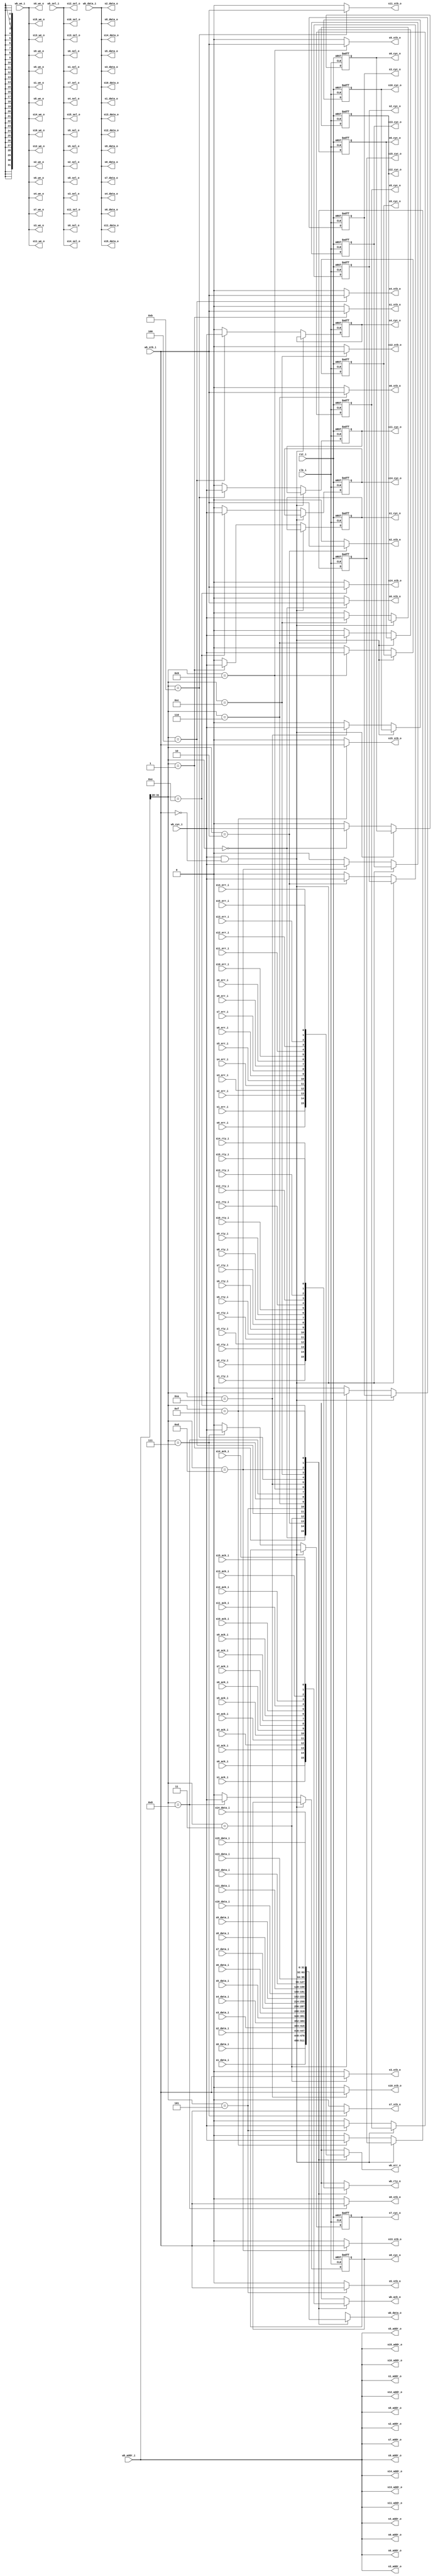
module wb_conmax_master_if(

	clk_i, rst_i,

	// Master interface
	wb_data_i, wb_data_o, wb_addr_i, wb_sel_i, wb_we_i, wb_cyc_i,
	wb_stb_i, wb_ack_o, wb_err_o, wb_rty_o,

	// Slave 0 Interface
	s0_data_i, s0_data_o, s0_addr_o, s0_sel_o, s0_we_o, s0_cyc_o,
	s0_stb_o, s0_ack_i, s0_err_i, s0_rty_i,

	// Slave 1 Interface
	s1_data_i, s1_data_o, s1_addr_o, s1_sel_o, s1_we_o, s1_cyc_o,
	s1_stb_o, s1_ack_i, s1_err_i, s1_rty_i,

	// Slave 2 Interface
	s2_data_i, s2_data_o, s2_addr_o, s2_sel_o, s2_we_o, s2_cyc_o,
	s2_stb_o, s2_ack_i, s2_err_i, s2_rty_i,

	// Slave 3 Interface
	s3_data_i, s3_data_o, s3_addr_o, s3_sel_o, s3_we_o, s3_cyc_o,
	s3_stb_o, s3_ack_i, s3_err_i, s3_rty_i,

	// Slave 4 Interface
	s4_data_i, s4_data_o, s4_addr_o, s4_sel_o, s4_we_o, s4_cyc_o,
	s4_stb_o, s4_ack_i, s4_err_i, s4_rty_i,

	// Slave 5 Interface
	s5_data_i, s5_data_o, s5_addr_o, s5_sel_o, s5_we_o, s5_cyc_o,
	s5_stb_o, s5_ack_i, s5_err_i, s5_rty_i,

	// Slave 6 Interface
	s6_data_i, s6_data_o, s6_addr_o, s6_sel_o, s6_we_o, s6_cyc_o,
	s6_stb_o, s6_ack_i, s6_err_i, s6_rty_i,

	// Slave 7 Interface
	s7_data_i, s7_data_o, s7_addr_o, s7_sel_o, s7_we_o, s7_cyc_o,
	s7_stb_o, s7_ack_i, s7_err_i, s7_rty_i,

	// Slave 8 Interface
	s8_data_i, s8_data_o, s8_addr_o, s8_sel_o, s8_we_o, s8_cyc_o,
	s8_stb_o, s8_ack_i, s8_err_i, s8_rty_i,

	// Slave 9 Interface
	s9_data_i, s9_data_o, s9_addr_o, s9_sel_o, s9_we_o, s9_cyc_o,
	s9_stb_o, s9_ack_i, s9_err_i, s9_rty_i,

	// Slave 10 Interface
	s10_data_i, s10_data_o, s10_addr_o, s10_sel_o, s10_we_o, s10_cyc_o,
	s10_stb_o, s10_ack_i, s10_err_i, s10_rty_i,

	// Slave 11 Interface
	s11_data_i, s11_data_o, s11_addr_o, s11_sel_o, s11_we_o, s11_cyc_o,
	s11_stb_o, s11_ack_i, s11_err_i, s11_rty_i,

	// Slave 12 Interface
	s12_data_i, s12_data_o, s12_addr_o, s12_sel_o, s12_we_o, s12_cyc_o,
	s12_stb_o, s12_ack_i, s12_err_i, s12_rty_i,

	// Slave 13 Interface
	s13_data_i, s13_data_o, s13_addr_o, s13_sel_o, s13_we_o, s13_cyc_o,
	s13_stb_o, s13_ack_i, s13_err_i, s13_rty_i,

	// Slave 14 Interface
	s14_data_i, s14_data_o, s14_addr_o, s14_sel_o, s14_we_o, s14_cyc_o,
	s14_stb_o, s14_ack_i, s14_err_i, s14_rty_i,

	// Slave 15 Interface
	s15_data_i, s15_data_o, s15_addr_o, s15_sel_o, s15_we_o, s15_cyc_o,
	s15_stb_o, s15_ack_i, s15_err_i, s15_rty_i
	);

////////////////////////////////////////////////////////////////////
//
// Module Parameters
//

parameter		dw	= 32;		// Data bus Width
parameter		aw	= 32;		// Address bus Width
parameter		sw	= dw / 8;	// Number of Select Lines

////////////////////////////////////////////////////////////////////
//
// Module IOs
//

input			clk_i, rst_i;

// Master Interface
input	[dw-1:0]	wb_data_i;
output	[dw-1:0]	wb_data_o;
input	[aw-1:0]	wb_addr_i;
input	[sw-1:0]	wb_sel_i;
input			wb_we_i;
input			wb_cyc_i;
input			wb_stb_i;
output			wb_ack_o;
output			wb_err_o;
output			wb_rty_o;

// Slave 0 Interface
input	[dw-1:0]	s0_data_i;
output	[dw-1:0]	s0_data_o;
output	[aw-1:0]	s0_addr_o;
output	[sw-1:0]	s0_sel_o;
output			s0_we_o;
output			s0_cyc_o;
output			s0_stb_o;
input			s0_ack_i;
input			s0_err_i;
input			s0_rty_i;

// Slave 1 Interface
input	[dw-1:0]	s1_data_i;
output	[dw-1:0]	s1_data_o;
output	[aw-1:0]	s1_addr_o;
output	[sw-1:0]	s1_sel_o;
output			s1_we_o;
output			s1_cyc_o;
output			s1_stb_o;
input			s1_ack_i;
input			s1_err_i;
input			s1_rty_i;

// Slave 2 Interface
input	[dw-1:0]	s2_data_i;
output	[dw-1:0]	s2_data_o;
output	[aw-1:0]	s2_addr_o;
output	[sw-1:0]	s2_sel_o;
output			s2_we_o;
output			s2_cyc_o;
output			s2_stb_o;
input			s2_ack_i;
input			s2_err_i;
input			s2_rty_i;

// Slave 3 Interface
input	[dw-1:0]	s3_data_i;
output	[dw-1:0]	s3_data_o;
output	[aw-1:0]	s3_addr_o;
output	[sw-1:0]	s3_sel_o;
output			s3_we_o;
output			s3_cyc_o;
output			s3_stb_o;
input			s3_ack_i;
input			s3_err_i;
input			s3_rty_i;

// Slave 4 Interface
input	[dw-1:0]	s4_data_i;
output	[dw-1:0]	s4_data_o;
output	[aw-1:0]	s4_addr_o;
output	[sw-1:0]	s4_sel_o;
output			s4_we_o;
output			s4_cyc_o;
output			s4_stb_o;
input			s4_ack_i;
input			s4_err_i;
input			s4_rty_i;

// Slave 5 Interface
input	[dw-1:0]	s5_data_i;
output	[dw-1:0]	s5_data_o;
output	[aw-1:0]	s5_addr_o;
output	[sw-1:0]	s5_sel_o;
output			s5_we_o;
output			s5_cyc_o;
output			s5_stb_o;
input			s5_ack_i;
input			s5_err_i;
input			s5_rty_i;

// Slave 6 Interface
input	[dw-1:0]	s6_data_i;
output	[dw-1:0]	s6_data_o;
output	[aw-1:0]	s6_addr_o;
output	[sw-1:0]	s6_sel_o;
output			s6_we_o;
output			s6_cyc_o;
output			s6_stb_o;
input			s6_ack_i;
input			s6_err_i;
input			s6_rty_i;

// Slave 7 Interface
input	[dw-1:0]	s7_data_i;
output	[dw-1:0]	s7_data_o;
output	[aw-1:0]	s7_addr_o;
output	[sw-1:0]	s7_sel_o;
output			s7_we_o;
output			s7_cyc_o;
output			s7_stb_o;
input			s7_ack_i;
input			s7_err_i;
input			s7_rty_i;

// Slave 8 Interface
input	[dw-1:0]	s8_data_i;
output	[dw-1:0]	s8_data_o;
output	[aw-1:0]	s8_addr_o;
output	[sw-1:0]	s8_sel_o;
output			s8_we_o;
output			s8_cyc_o;
output			s8_stb_o;
input			s8_ack_i;
input			s8_err_i;
input			s8_rty_i;

// Slave 9 Interface
input	[dw-1:0]	s9_data_i;
output	[dw-1:0]	s9_data_o;
output	[aw-1:0]	s9_addr_o;
output	[sw-1:0]	s9_sel_o;
output			s9_we_o;
output			s9_cyc_o;
output			s9_stb_o;
input			s9_ack_i;
input			s9_err_i;
input			s9_rty_i;

// Slave 10 Interface
input	[dw-1:0]	s10_data_i;
output	[dw-1:0]	s10_data_o;
output	[aw-1:0]	s10_addr_o;
output	[sw-1:0]	s10_sel_o;
output			s10_we_o;
output			s10_cyc_o;
output			s10_stb_o;
input			s10_ack_i;
input			s10_err_i;
input			s10_rty_i;

// Slave 11 Interface
input	[dw-1:0]	s11_data_i;
output	[dw-1:0]	s11_data_o;
output	[aw-1:0]	s11_addr_o;
output	[sw-1:0]	s11_sel_o;
output			s11_we_o;
output			s11_cyc_o;
output			s11_stb_o;
input			s11_ack_i;
input			s11_err_i;
input			s11_rty_i;

// Slave 12 Interface
input	[dw-1:0]	s12_data_i;
output	[dw-1:0]	s12_data_o;
output	[aw-1:0]	s12_addr_o;
output	[sw-1:0]	s12_sel_o;
output			s12_we_o;
output			s12_cyc_o;
output			s12_stb_o;
input			s12_ack_i;
input			s12_err_i;
input			s12_rty_i;

// Slave 13 Interface
input	[dw-1:0]	s13_data_i;
output	[dw-1:0]	s13_data_o;
output	[aw-1:0]	s13_addr_o;
output	[sw-1:0]	s13_sel_o;
output			s13_we_o;
output			s13_cyc_o;
output			s13_stb_o;
input			s13_ack_i;
input			s13_err_i;
input			s13_rty_i;

// Slave 14 Interface
input	[dw-1:0]	s14_data_i;
output	[dw-1:0]	s14_data_o;
output	[aw-1:0]	s14_addr_o;
output	[sw-1:0]	s14_sel_o;
output			s14_we_o;
output			s14_cyc_o;
output			s14_stb_o;
input			s14_ack_i;
input			s14_err_i;
input			s14_rty_i;

// Slave 15 Interface
input	[dw-1:0]	s15_data_i;
output	[dw-1:0]	s15_data_o;
output	[aw-1:0]	s15_addr_o;
output	[sw-1:0]	s15_sel_o;
output			s15_we_o;
output			s15_cyc_o;
output			s15_stb_o;
input			s15_ack_i;
input			s15_err_i;
input			s15_rty_i;

////////////////////////////////////////////////////////////////////
//
// Local Wires
//

reg	[dw-1:0]	wb_data_o;
reg			wb_ack_o;
reg			wb_err_o;
reg			wb_rty_o;
wire	[3:0]		slv_sel;

wire		s0_cyc_o_next, s1_cyc_o_next, s2_cyc_o_next, s3_cyc_o_next;
wire		s4_cyc_o_next, s5_cyc_o_next, s6_cyc_o_next, s7_cyc_o_next;
wire		s8_cyc_o_next, s9_cyc_o_next, s10_cyc_o_next, s11_cyc_o_next;
wire		s12_cyc_o_next, s13_cyc_o_next, s14_cyc_o_next, s15_cyc_o_next;

reg		s0_cyc_o, s1_cyc_o, s2_cyc_o, s3_cyc_o;
reg		s4_cyc_o, s5_cyc_o, s6_cyc_o, s7_cyc_o;
reg		s8_cyc_o, s9_cyc_o, s10_cyc_o, s11_cyc_o;
reg		s12_cyc_o, s13_cyc_o, s14_cyc_o, s15_cyc_o;

////////////////////////////////////////////////////////////////////
//
// Select logic
//

assign slv_sel = wb_addr_i[aw-1:aw-4];

////////////////////////////////////////////////////////////////////
//
// Address & Data Pass
//

assign s0_addr_o = wb_addr_i;
assign s1_addr_o = wb_addr_i;
assign s2_addr_o = wb_addr_i;
assign s3_addr_o = wb_addr_i;
assign s4_addr_o = wb_addr_i;
assign s5_addr_o = wb_addr_i;
assign s6_addr_o = wb_addr_i;
assign s7_addr_o = wb_addr_i;
assign s8_addr_o = wb_addr_i;
assign s9_addr_o = wb_addr_i;
assign s10_addr_o = wb_addr_i;
assign s11_addr_o = wb_addr_i;
assign s12_addr_o = wb_addr_i;
assign s13_addr_o = wb_addr_i;
assign s14_addr_o = wb_addr_i;
assign s15_addr_o = wb_addr_i;

assign s0_sel_o = wb_sel_i;
assign s1_sel_o = wb_sel_i;
assign s2_sel_o = wb_sel_i;
assign s3_sel_o = wb_sel_i;
assign s4_sel_o = wb_sel_i;
assign s5_sel_o = wb_sel_i;
assign s6_sel_o = wb_sel_i;
assign s7_sel_o = wb_sel_i;
assign s8_sel_o = wb_sel_i;
assign s9_sel_o = wb_sel_i;
assign s10_sel_o = wb_sel_i;
assign s11_sel_o = wb_sel_i;
assign s12_sel_o = wb_sel_i;
assign s13_sel_o = wb_sel_i;
assign s14_sel_o = wb_sel_i;
assign s15_sel_o = wb_sel_i;

assign s0_data_o = wb_data_i;
assign s1_data_o = wb_data_i;
assign s2_data_o = wb_data_i;
assign s3_data_o = wb_data_i;
assign s4_data_o = wb_data_i;
assign s5_data_o = wb_data_i;
assign s6_data_o = wb_data_i;
assign s7_data_o = wb_data_i;
assign s8_data_o = wb_data_i;
assign s9_data_o = wb_data_i;
assign s10_data_o = wb_data_i;
assign s11_data_o = wb_data_i;
assign s12_data_o = wb_data_i;
assign s13_data_o = wb_data_i;
assign s14_data_o = wb_data_i;
assign s15_data_o = wb_data_i;

always @(slv_sel or s0_data_i or s1_data_i or s2_data_i or s3_data_i or
	s4_data_i or s5_data_i or s6_data_i or s7_data_i or s8_data_i or
	s9_data_i or s10_data_i or s11_data_i or s12_data_i or
	s13_data_i or s14_data_i or s15_data_i)
	case(slv_sel)	// synopsys parallel_case
	   4'd0:	wb_data_o = s0_data_i;
	   4'd1:	wb_data_o = s1_data_i;
	   4'd2:	wb_data_o = s2_data_i;
	   4'd3:	wb_data_o = s3_data_i;
	   4'd4:	wb_data_o = s4_data_i;
	   4'd5:	wb_data_o = s5_data_i;
	   4'd6:	wb_data_o = s6_data_i;
	   4'd7:	wb_data_o = s7_data_i;
	   4'd8:	wb_data_o = s8_data_i;
	   4'd9:	wb_data_o = s9_data_i;
	   4'd10:	wb_data_o = s10_data_i;
	   4'd11:	wb_data_o = s11_data_i;
	   4'd12:	wb_data_o = s12_data_i;
	   4'd13:	wb_data_o = s13_data_i;
	   4'd14:	wb_data_o = s14_data_i;
	   4'd15:	wb_data_o = s15_data_i;
	   default:	wb_data_o = {dw{1'bx}};
	endcase

////////////////////////////////////////////////////////////////////
//
// Control Signal Pass
//

assign s0_we_o = wb_we_i;
assign s1_we_o = wb_we_i;
assign s2_we_o = wb_we_i;
assign s3_we_o = wb_we_i;
assign s4_we_o = wb_we_i;
assign s5_we_o = wb_we_i;
assign s6_we_o = wb_we_i;
assign s7_we_o = wb_we_i;
assign s8_we_o = wb_we_i;
assign s9_we_o = wb_we_i;
assign s10_we_o = wb_we_i;
assign s11_we_o = wb_we_i;
assign s12_we_o = wb_we_i;
assign s13_we_o = wb_we_i;
assign s14_we_o = wb_we_i;
assign s15_we_o = wb_we_i;

assign s0_cyc_o_next = (wb_cyc_i & !wb_stb_i) ? s0_cyc_o : ((slv_sel==4'd0) ? wb_cyc_i : 1'b0);
assign s1_cyc_o_next = (wb_cyc_i & !wb_stb_i) ? s1_cyc_o : ((slv_sel==4'd1) ? wb_cyc_i : 1'b0);
assign s2_cyc_o_next = (wb_cyc_i & !wb_stb_i) ? s2_cyc_o : ((slv_sel==4'd2) ? wb_cyc_i : 1'b0);
assign s3_cyc_o_next = (wb_cyc_i & !wb_stb_i) ? s3_cyc_o : ((slv_sel==4'd3) ? wb_cyc_i : 1'b0);
assign s4_cyc_o_next = (wb_cyc_i & !wb_stb_i) ? s4_cyc_o : ((slv_sel==4'd4) ? wb_cyc_i : 1'b0);
assign s5_cyc_o_next = (wb_cyc_i & !wb_stb_i) ? s5_cyc_o : ((slv_sel==4'd5) ? wb_cyc_i : 1'b0);
assign s6_cyc_o_next = (wb_cyc_i & !wb_stb_i) ? s6_cyc_o : ((slv_sel==4'd6) ? wb_cyc_i : 1'b0);
assign s7_cyc_o_next = (wb_cyc_i & !wb_stb_i) ? s7_cyc_o : ((slv_sel==4'd7) ? wb_cyc_i : 1'b0);
assign s8_cyc_o_next = (wb_cyc_i & !wb_stb_i) ? s8_cyc_o : ((slv_sel==4'd8) ? wb_cyc_i : 1'b0);
assign s9_cyc_o_next = (wb_cyc_i & !wb_stb_i) ? s9_cyc_o : ((slv_sel==4'd9) ? wb_cyc_i : 1'b0);
assign s10_cyc_o_next = (wb_cyc_i & !wb_stb_i) ? s10_cyc_o : ((slv_sel==4'd10) ? wb_cyc_i : 1'b0);
assign s11_cyc_o_next = (wb_cyc_i & !wb_stb_i) ? s11_cyc_o : ((slv_sel==4'd11) ? wb_cyc_i : 1'b0);
assign s12_cyc_o_next = (wb_cyc_i & !wb_stb_i) ? s12_cyc_o : ((slv_sel==4'd12) ? wb_cyc_i : 1'b0);
assign s13_cyc_o_next = (wb_cyc_i & !wb_stb_i) ? s13_cyc_o : ((slv_sel==4'd13) ? wb_cyc_i : 1'b0);
assign s14_cyc_o_next = (wb_cyc_i & !wb_stb_i) ? s14_cyc_o : ((slv_sel==4'd14) ? wb_cyc_i : 1'b0);
assign s15_cyc_o_next = (wb_cyc_i & !wb_stb_i) ? s15_cyc_o : ((slv_sel==4'd15) ? wb_cyc_i : 1'b0);

always @(posedge clk_i or posedge rst_i) 
	if(rst_i)	s0_cyc_o <= #1 1'b0; 
	else		s0_cyc_o <= #1 s0_cyc_o_next; 

always @(posedge clk_i or posedge rst_i) 
	if(rst_i)	s1_cyc_o <= #1 1'b0; 
	else		s1_cyc_o <= #1 s1_cyc_o_next; 

always @(posedge clk_i or posedge rst_i) 
	if(rst_i)	s2_cyc_o <= #1 1'b0; 
	else		s2_cyc_o <= #1 s2_cyc_o_next; 

always @(posedge clk_i or posedge rst_i) 
	if(rst_i)	s3_cyc_o <= #1 1'b0; 
	else		s3_cyc_o <= #1 s3_cyc_o_next; 

always @(posedge clk_i or posedge rst_i) 
	if(rst_i)	s4_cyc_o <= #1 1'b0; 
	else		s4_cyc_o <= #1 s4_cyc_o_next; 

always @(posedge clk_i or posedge rst_i) 
	if(rst_i)	s5_cyc_o <= #1 1'b0; 
	else		s5_cyc_o <= #1 s5_cyc_o_next; 

always @(posedge clk_i or posedge rst_i) 
	if(rst_i)	s6_cyc_o <= #1 1'b0; 
	else		s6_cyc_o <= #1 s6_cyc_o_next; 

always @(posedge clk_i or posedge rst_i) 
	if(rst_i)	s7_cyc_o <= #1 1'b0; 
	else		s7_cyc_o <= #1 s7_cyc_o_next; 

always @(posedge clk_i or posedge rst_i) 
	if(rst_i)	s8_cyc_o <= #1 1'b0; 
	else		s8_cyc_o <= #1 s8_cyc_o_next; 

always @(posedge clk_i or posedge rst_i) 
	if(rst_i)	s9_cyc_o <= #1 1'b0; 
	else		s9_cyc_o <= #1 s9_cyc_o_next; 

always @(posedge clk_i or posedge rst_i) 
	if(rst_i)	s10_cyc_o <= #1 1'b0; 
	else		s10_cyc_o <= #1 s10_cyc_o_next; 

always @(posedge clk_i or posedge rst_i) 
	if(rst_i)	s11_cyc_o <= #1 1'b0; 
	else		s11_cyc_o <= #1 s11_cyc_o_next; 

always @(posedge clk_i or posedge rst_i) 
	if(rst_i)	s12_cyc_o <= #1 1'b0; 
	else		s12_cyc_o <= #1 s12_cyc_o_next; 

always @(posedge clk_i or posedge rst_i) 
	if(rst_i)	s13_cyc_o <= #1 1'b0; 
	else		s13_cyc_o <= #1 s13_cyc_o_next; 

always @(posedge clk_i or posedge rst_i) 
	if(rst_i)	s14_cyc_o <= #1 1'b0; 
	else		s14_cyc_o <= #1 s14_cyc_o_next; 

always @(posedge clk_i or posedge rst_i) 
	if(rst_i)	s15_cyc_o <= #1 1'b0; 
	else		s15_cyc_o <= #1 s15_cyc_o_next; 

assign s0_stb_o = (slv_sel==4'd0) ? wb_stb_i : 1'b0;
assign s1_stb_o = (slv_sel==4'd1) ? wb_stb_i : 1'b0;
assign s2_stb_o = (slv_sel==4'd2) ? wb_stb_i : 1'b0;
assign s3_stb_o = (slv_sel==4'd3) ? wb_stb_i : 1'b0;
assign s4_stb_o = (slv_sel==4'd4) ? wb_stb_i : 1'b0;
assign s5_stb_o = (slv_sel==4'd5) ? wb_stb_i : 1'b0;
assign s6_stb_o = (slv_sel==4'd6) ? wb_stb_i : 1'b0;
assign s7_stb_o = (slv_sel==4'd7) ? wb_stb_i : 1'b0;
assign s8_stb_o = (slv_sel==4'd8) ? wb_stb_i : 1'b0;
assign s9_stb_o = (slv_sel==4'd9) ? wb_stb_i : 1'b0;
assign s10_stb_o = (slv_sel==4'd10) ? wb_stb_i : 1'b0;
assign s11_stb_o = (slv_sel==4'd11) ? wb_stb_i : 1'b0;
assign s12_stb_o = (slv_sel==4'd12) ? wb_stb_i : 1'b0;
assign s13_stb_o = (slv_sel==4'd13) ? wb_stb_i : 1'b0;
assign s14_stb_o = (slv_sel==4'd14) ? wb_stb_i : 1'b0;
assign s15_stb_o = (slv_sel==4'd15) ? wb_stb_i : 1'b0;

always @(slv_sel or s0_ack_i or s1_ack_i or s2_ack_i or s3_ack_i or
	s4_ack_i or s5_ack_i or s6_ack_i or s7_ack_i or s8_ack_i or
	s9_ack_i or s10_ack_i or s11_ack_i or s12_ack_i or
	s13_ack_i or s14_ack_i or s15_ack_i)
	case(slv_sel)	// synopsys parallel_case
	   4'd0:	wb_ack_o = s0_ack_i;
	   4'd1:	wb_ack_o = s1_ack_i;
	   4'd2:	wb_ack_o = s2_ack_i;
	   4'd3:	wb_ack_o = s3_ack_i;
	   4'd4:	wb_ack_o = s4_ack_i;
	   4'd5:	wb_ack_o = s5_ack_i;
	   4'd6:	wb_ack_o = s6_ack_i;
	   4'd7:	wb_ack_o = s7_ack_i;
	   4'd8:	wb_ack_o = s8_ack_i;
	   4'd9:	wb_ack_o = s9_ack_i;
	   4'd10:	wb_ack_o = s10_ack_i;
	   4'd11:	wb_ack_o = s11_ack_i;
	   4'd12:	wb_ack_o = s12_ack_i;
	   4'd13:	wb_ack_o = s13_ack_i;
	   4'd14:	wb_ack_o = s14_ack_i;
	   4'd15:	wb_ack_o = s15_ack_i;
	   default:	wb_ack_o = 1'b0;
	endcase

always @(slv_sel or s0_err_i or s1_err_i or s2_err_i or s3_err_i or
	s4_err_i or s5_err_i or s6_err_i or s7_err_i or s8_err_i or
	s9_err_i or s10_err_i or s11_err_i or s12_err_i or
	s13_err_i or s14_err_i or s15_err_i)
	case(slv_sel)	// synopsys parallel_case
	   4'd0:	wb_err_o = s0_err_i;
	   4'd1:	wb_err_o = s1_err_i;
	   4'd2:	wb_err_o = s2_err_i;
	   4'd3:	wb_err_o = s3_err_i;
	   4'd4:	wb_err_o = s4_err_i;
	   4'd5:	wb_err_o = s5_err_i;
	   4'd6:	wb_err_o = s6_err_i;
	   4'd7:	wb_err_o = s7_err_i;
	   4'd8:	wb_err_o = s8_err_i;
	   4'd9:	wb_err_o = s9_err_i;
	   4'd10:	wb_err_o = s10_err_i;
	   4'd11:	wb_err_o = s11_err_i;
	   4'd12:	wb_err_o = s12_err_i;
	   4'd13:	wb_err_o = s13_err_i;
	   4'd14:	wb_err_o = s14_err_i;
	   4'd15:	wb_err_o = s15_err_i;
	   default:	wb_err_o = 1'b0;
	endcase

always @(slv_sel or s0_rty_i or s1_rty_i or s2_rty_i or s3_rty_i or
	s4_rty_i or s5_rty_i or s6_rty_i or s7_rty_i or s8_rty_i or
	s9_rty_i or s10_rty_i or s11_rty_i or s12_rty_i or
	s13_rty_i or s14_rty_i or s15_rty_i)
	case(slv_sel)	// synopsys parallel_case
	   4'd0:	wb_rty_o = s0_rty_i;
	   4'd1:	wb_rty_o = s1_rty_i;
	   4'd2:	wb_rty_o = s2_rty_i;
	   4'd3:	wb_rty_o = s3_rty_i;
	   4'd4:	wb_rty_o = s4_rty_i;
	   4'd5:	wb_rty_o = s5_rty_i;
	   4'd6:	wb_rty_o = s6_rty_i;
	   4'd7:	wb_rty_o = s7_rty_i;
	   4'd8:	wb_rty_o = s8_rty_i;
	   4'd9:	wb_rty_o = s9_rty_i;
	   4'd10:	wb_rty_o = s10_rty_i;
	   4'd11:	wb_rty_o = s11_rty_i;
	   4'd12:	wb_rty_o = s12_rty_i;
	   4'd13:	wb_rty_o = s13_rty_i;
	   4'd14:	wb_rty_o = s14_rty_i;
	   4'd15:	wb_rty_o = s15_rty_i;
	   default:	wb_rty_o = 1'b0;
	endcase

endmodule